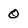
Character: 0